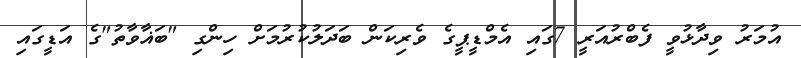
އުމަރު ވިދާޅުވީ ފެބްރުއަރީ 7ގައި އެމްޑީޕީގެ ވެރިކަން ބަދަލުކުރުމަށް ހިންގި "ބަޣާވާތު"ގެ އަޑީގައި